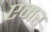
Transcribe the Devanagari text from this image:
एमर